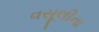
વસૂલીના